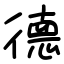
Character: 德